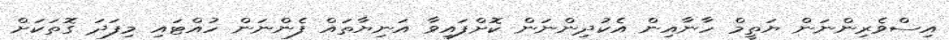
އިސްވެރިންނަން ޔަތީމް ހާނާއިން އެކުދިންނަން ކޮށްފައިވާ އަނިޔާތައް ފެންނަން ހުއްޓައި މިފަދަ ގޮތަކަށް